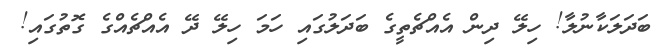
ބަދަލަކާނުލާ! ހިލޭ ދިން އެއްޗެތީގެ ބަދަލުގައި ހަމަ ހިލޭ ދޭ އެއްޗެއްގެ ގޮތުގައި!